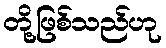
တို့ဖြစ်သည်ဟု